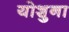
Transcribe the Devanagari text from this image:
योशुना